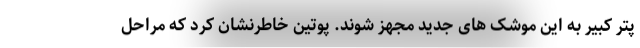
پتر کبیر به این موشک های جدید مجهز شوند. پوتین خاطرنشان کرد که مراحل